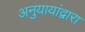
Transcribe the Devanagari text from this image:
अनुयायांद्वारा